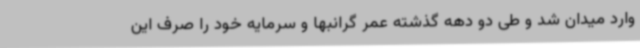
وارد میدان شد و طی دو دهه گذشته عمر گرانبها و سرمایه خود را صرف این